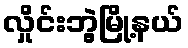
လှိုင်းဘွဲ့မြို့နယ်